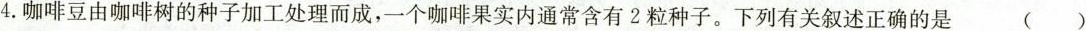
4.咖啡豆由咖啡树的种子加工处理而成，一个咖啡果实内通常含有2粒种子。下列有关叙述正确的是()